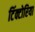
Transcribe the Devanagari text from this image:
टिंक्टोरिया